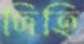
দিহি